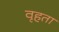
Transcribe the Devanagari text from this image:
वृहता